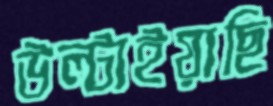
উল্‌টাইয়াছি